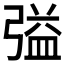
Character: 𭛃